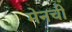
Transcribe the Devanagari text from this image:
मेनची